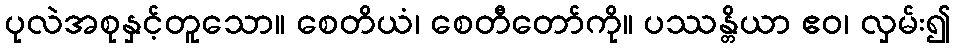
ပုလဲအစုနှင့်တူသော။ စေတိယံ၊ စေတီတော်ကို။ ပဿန္တိယာ ဧဝ၊ လှမ်း၍